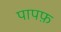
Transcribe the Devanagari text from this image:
पापफ़